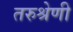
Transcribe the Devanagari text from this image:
तरुश्रेणी